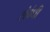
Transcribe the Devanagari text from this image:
संवंधी